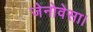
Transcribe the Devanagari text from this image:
जेनोवेसा।